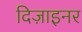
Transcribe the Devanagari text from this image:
दिज़ाइनर